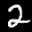
Label: 2